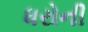
ધરોની